Teachers and National Service, 1939
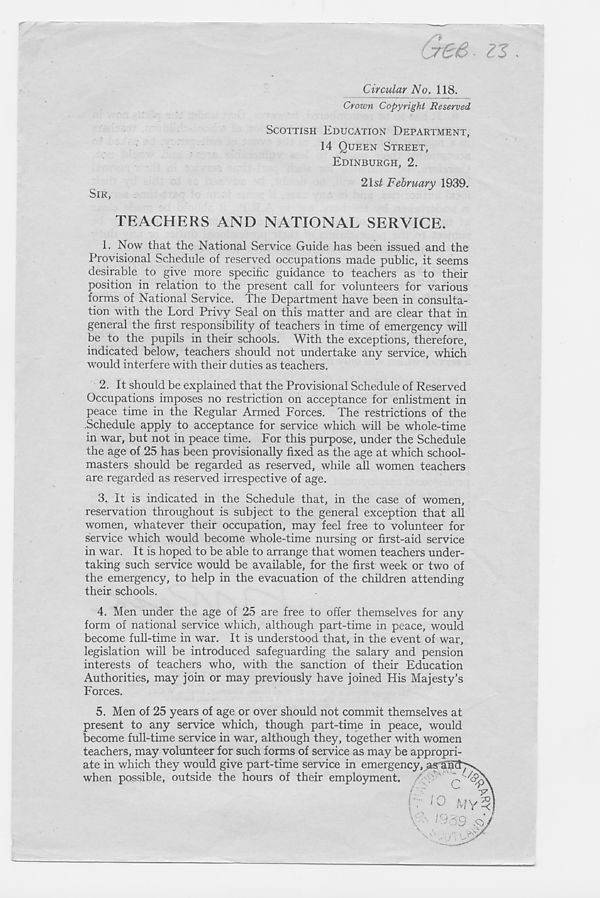
SIR,
Cree.
Circular No. 118.
Crown Copyright Reserved
SCOTTISH EDUCATION DEPARTMENT,
14 QUEEN STREET,
EDINBURGH, 2.
21s£ February 1939.
TEACHERS AND NATIONAL SERVICE.
1. Now that the National Service Guide has been issued and the
Provisional Schedule of reserved occupations made public, it seems
desirable to give more specific guidance to teachers as to their
position in relation to the present call for volunteers for various
forms of National Service. The Department have been in consulta-
tion with the Lord Privy Seal on this matter and are clear that in
general the first responsibility of teachers in time of emergency will
be to the pupils in their schools. With the exceptions, therefore,
indicated below, teachers should not undertake any service, which
would interfere with their duties as teachers.
2. It should be explained that the Provisional Schedule of Reserved
Occupations imposes no restriction on acceptance for enlistment in
peace time in the Regular Armed Forces. The restrictions of the
.Schedule apply to acceptance for service which will be whole-time
in war, but not in peace time. For this purpose, under the Schedule
the age of 25 has been provisionally fixed as the age at which school-
masters should be regarded as reserved, while all women teachers
are regarded as reserved irrespective of age.
3. It is indicated in the Schedule that, in the case of women,
reservation throughout is subject to the general exception that all
women, whatever their occupation, may feel free to volunteer for
service which would become whole-time nursing or first-aid service
in war. It is hoped to be able to arrange that women teachers under-
taking such service would be available, for the first week or two of
the emergency, to help in the evacuation of the children attending
their schools.
4. Men under the age of 25 are free to offer themselves for any
form of national service which, although part-time in peace, would
become full-time in war. It is understood that, in the event of war,
legislation will be introduced safeguarding the salary and pension
interests of teachers who, with the sanction of their Education
Authorities, may join or may previously have joined His Majesty’s
Forces.
5. Men of 25 years of age or over should not commit themselves at
present to any service which, though part-time in peace, would
become full-time service in war, although they, together with women
teachers, may volunteer for such forms of service as may be appropri-
ate in which they would give part-time service in emergency,
when possible, outside the hours of their employment,
^